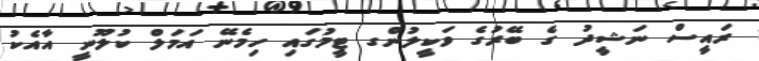
ރައީސް ނަޝީދު ގެ ބޭރުގެ ވަކީލުންގ ޓީމުގައި ހިމެނޭ އަމަލް ކުލޫނީ އާއެކު